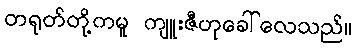
တရုတ်တို့ကမူ ကျူးဇီဟုခေါ်လေသည်။